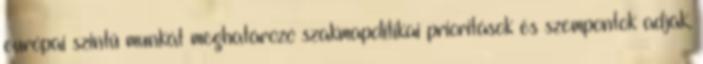
európai szintű munkát meghatározó szakmapolitikai prioritások és szempontok adják,